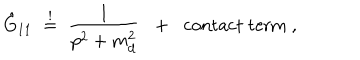
\hat { G } _ { 1 1 } \; \stackrel { ! } { = } \; \frac { 1 } { p ^ { 2 } + m _ { d } ^ { 2 } } \; \; + \; \; \mathrm { c o n t a c t ~ t e r m } \; ,